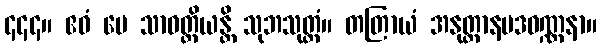
၄၄၄။ ဧဝံ မေ သာဝတ္ထိယန္တိ သုဘသုတ္တံ။ တတြာယံ အနုတ္တာနပဒဝဏ္ဏနာ။